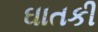
ઘાતકી